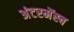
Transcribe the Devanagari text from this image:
अंटरमेंस्च